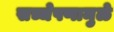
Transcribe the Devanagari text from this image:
सच्चेपणामुळे